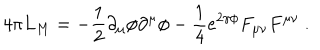
4 \pi L _ { M } = - \frac { 1 } { 2 } \partial _ { \mu } \phi \partial ^ { \mu } \phi - \frac { 1 } { 4 } e ^ { 2 \gamma \phi } F _ { \mu \nu } F ^ { \mu \nu } \ .